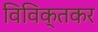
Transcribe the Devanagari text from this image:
विविक्तकर